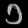
Digit: ၁